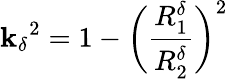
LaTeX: {\mathbf{k}_{\delta}}^{2}=1-\bigg(\frac{{R_{1}^{\delta}}}{{R_{2}^{\delta}}}\bigg)^{2}